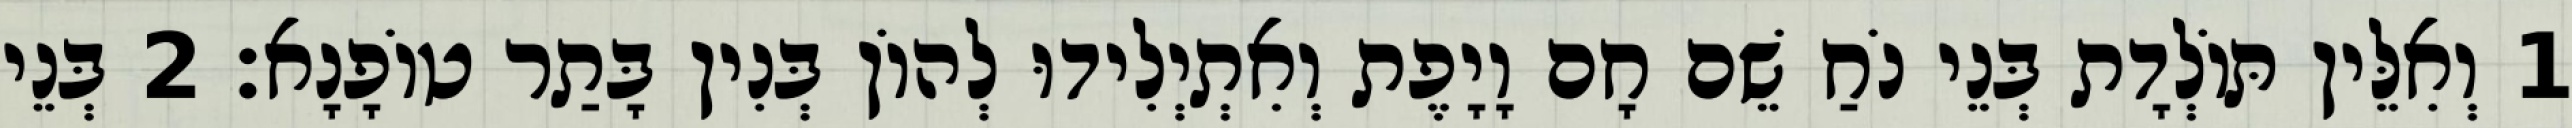
1 וְאִלֵּין תּוֹלְדָת בְּנֵי נֹחַ שֵׁם חָם וָיָפֶת וְאִתְיְלִידוּ לְהוֹן בְּנִין בָּתַר טוֹפָנָא׃ 2 בְּנֵי